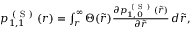
\begin{array} { r } { p _ { 1 , 1 } ^ { \mathrm { ~ ( ~ S ~ ) ~ } } ( r ) = \int _ { r } ^ { \infty } \Theta ( \tilde { r } ) \frac { \partial p _ { 1 , 0 } ^ { \mathrm { ~ ( ~ S ~ ) ~ } } ( \tilde { r } ) } { \partial \tilde { r } } \, d \tilde { r } , } \end{array}